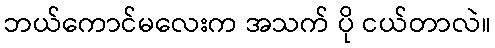
ဘယ်ကောင်မလေးက အသက် ပို ငယ်တာလဲ။